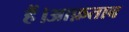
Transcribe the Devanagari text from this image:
हैं।आफ़ताब